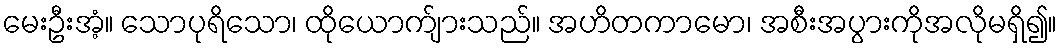
မေးဦးအံ့။ သောပုရိသော၊ ထိုယောက်ျားသည်။ အဟိတကာမော၊ အစီးအပွားကိုအလိုမရှိ၍။